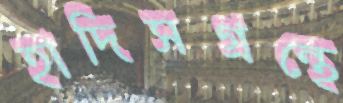
হাদিসগ্রন্থে